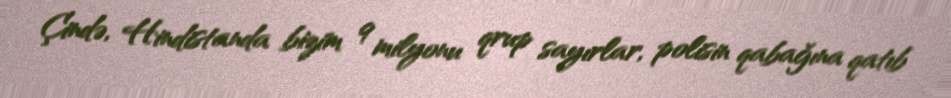
Çində, Hindistanda bizim 9 milyonu qrup sayırlar, polisin qabağına qatıb